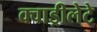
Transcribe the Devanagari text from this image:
क्वाड्रीलेटे